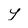
Character: y